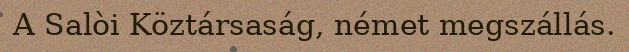
A Salòi Köztársaság, német megszállás.